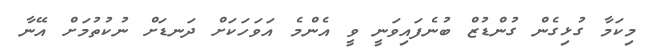
މިކަމާ ގުޅިގެން ގުންޑުޒް ބުނެފައިވަނީ ވީ އެންމެ އަވަހަކަށް ދަނޑަށް ނުކުތުމަށް އޭނާ